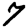
Digit: 7